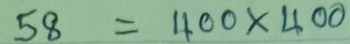
58 = 400 x 400